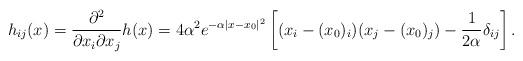
LaTeX: \begin{align*}h_{ij}(x)=\frac{\partial^{2}}{\partial x_{i}\partial x_{j}}h(x)=4\alpha^{2}e^{-\alpha|x-x_{0}|^{2}}\left[(x_{i}-(x_{0})_{i})(x_{j}-(x_{0})_{j})-\frac{1}{2\alpha}\delta_{ij}\right].\end{align*}